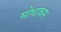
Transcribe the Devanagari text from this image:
मोधाकम